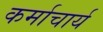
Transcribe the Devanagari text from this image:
कर्माचार्य